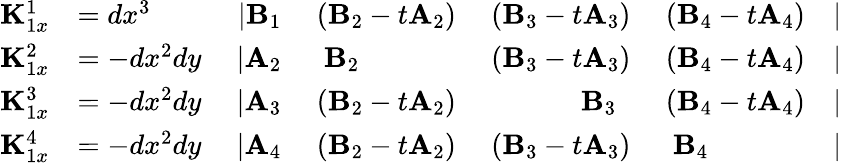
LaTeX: \begin{array}{rlrlrlr}{{\mathbf K}_{1x}^{1}}&{=dx^{3}~}&{\vert{\mathbf B}_{1}}&{~({\mathbf B}_{2}-t{\mathbf A}_{2})}&{~({\mathbf B}_{3}-t{\mathbf A}_{3})}&{~({\mathbf B}_{4}-t{\mathbf A}_{4})}&{\vert}\\ {{\mathbf K}_{1x}^{2}}&{=-dx^{2}dy~}&{\vert{\mathbf A}_{2}}&{~~{\mathbf B}_{2}~~}&{~({\mathbf B}_{3}-t{\mathbf A}_{3})}&{~({\mathbf B}_{4}-t{\mathbf A}_{4})}&{\vert}\\ {{\mathbf K}_{1x}^{3}}&{=-dx^{2}dy~}&{\vert{\mathbf A}_{3}}&{~({\mathbf B}_{2}-t{\mathbf A}_{2})}&{~~{\mathbf B}_{3}~~}&{~({\mathbf B}_{4}-t{\mathbf A}_{4})}&{\vert}\\ {{\mathbf K}_{1x}^{4}}&{=-dx^{2}dy~}&{\vert{\mathbf A}_{4}}&{~({\mathbf B}_{2}-t{\mathbf A}_{2})}&{~({\mathbf B}_{3}-t{\mathbf A}_{3})}&{~~{\mathbf B}_{4}~~}&{\vert}\end{array}